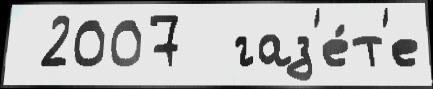
 2007  газ'е́т'е